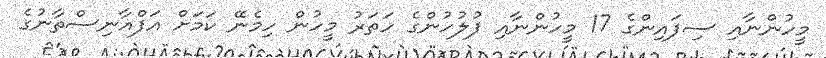
މީހުންނާއި ސިފައިންގެ 17 މީހުންނާއި ފުލުހުންގެ ހަތަރު މީހުން ހިމެނޭ ކަމަށް އަފްޣާނިސްތާނުގެ